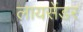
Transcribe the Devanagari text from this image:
लायसेंडर